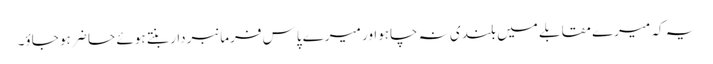
یہ کہ میرے مقابلے میں بلندی نہ چاہواور میرے پاس فرمانبردار بنتے ہوئے حا ضر ہو جاؤ۔